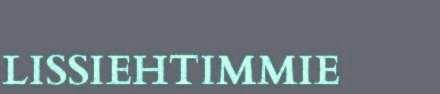
LISSIEHTIMMIE